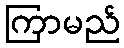
ကြာမည်